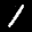
Label: 1